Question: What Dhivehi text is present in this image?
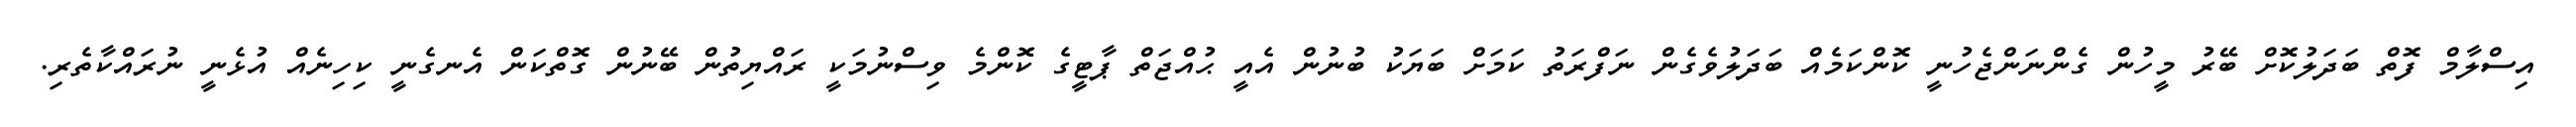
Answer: އިސްލާމް ފޮތް ބަދަލުކޮށް ބޭރު މީހުން ގެންނަންޖެހުނީ ކޮންކަމެއް ބަދަލުވެގެން ނަފްރަތު ކަމަށް ބަޔަކު ބުނުން އެއީ ޙުއްޖަތް ޕާޓީގެ ކޮންމެ ވިސްނުމަކީ ރައްޔިތުން ބޭނުން ގޮތްކަން އެނގެނީ ކިހިނެއް އުޅެނީ ނުރައްކާތެރި.